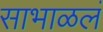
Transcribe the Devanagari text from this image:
साभाळलं